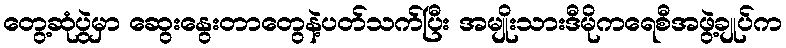
တွေ့ဆုံပွဲမှာ ဆွေးနွေးတာတွေနဲ့ပတ်သက်ပြီး အမျိုးသားဒီမိုကရေစီအဖွဲ့ချုပ်က